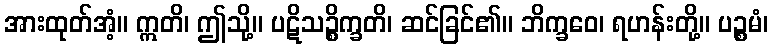
အားထုတ်အံ့။ ဣတိ၊ ဤသို့။ ပဋိသဉ္စိက္ခတိ၊ ဆင်ခြင်၏။ ဘိက္ခဝေ၊ ရဟန်းတို့။ ပဉ္စမံ၊